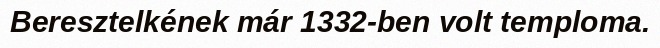
Beresztelkének már 1332-ben volt temploma.